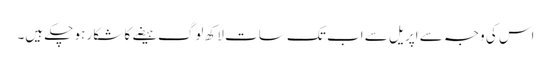
اس کی وجہ سے اپریل سے اب تک سات لاکھ لوگ ہیضے کا شکار ہو چکے ہیں۔